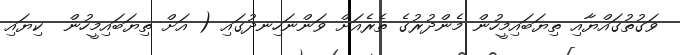
ވަގުތުގައްޔާއި ތިޔަބައިމީހުން މެންދުރުގެ ތެރެއަށް ވަންނަހިނދުގައި ( އަށް ތިޔަބައިމީހުން  ކިޔައި